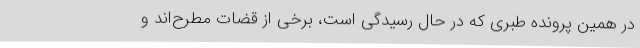
در همین پرونده طبری که در حال رسیدگی است، برخی از قضات مطرح‌اند و